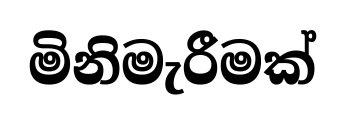
මිනිමැරීමක්